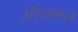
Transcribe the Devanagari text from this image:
ऑप्शनल